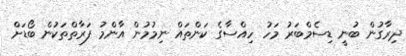
ދިރާގުން ބުނީ ޑިސެމްބަރު މަހު ހިއްސާގެ ކަންތައް ނިމުމުން އާންމު ފަރާތްތަކުން ބޯޑަށް